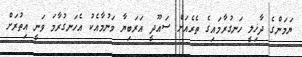
ޔަމަންގެ ދާޚިލީ ހަނގުރާމައިގެ ތެރެއަށް ސައޫދީ އަރަބިޔާ ވަނުމާއެކު އެހަނގުރާމަ ވަނީ އިތުރަށް